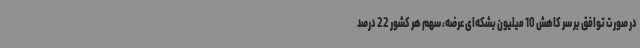
در صورت توافق بر سر کاهش 10 میلیون بشکه‌ای عرضه، سهم هر کشور 22 درصد